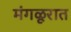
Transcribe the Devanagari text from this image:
मंगळूरात